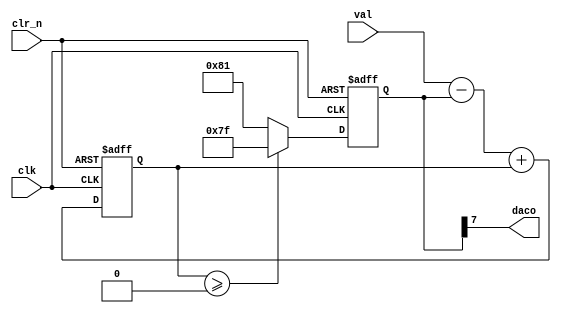
 

module sdmodb 
(
    input clk,clr_n,
	 input signed [7:0] val,//   ; 
	 output daco //  .
); 
  
  reg signed [7:0] daco_reg = 0;
  reg signed [9:0] val_delay = 0; //    

  always @(posedge clk or negedge clr_n)
    begin
      if (!clr_n) begin
			  daco_reg  = 1'b0;
			  val_delay = 1'b0; end
      else begin 
			val_delay <= val - daco_reg + val_delay;//        
													//  (     )
													//( <=   ,
													//        )
			if (val_delay >= 0) 
			  begin//     
			    daco_reg <= 127;  
			  end//   +1
			else 
			  begin
			    daco_reg <= -127;  
			  end 
			end//   -1
    end 
	
  assign daco = daco_reg[7];//       
  
endmodule